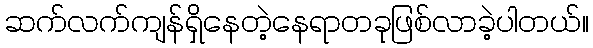
ဆက်လက်ကျန်ရှိနေတဲ့နေရာတခုဖြစ်လာခဲ့ပါတယ်။